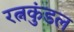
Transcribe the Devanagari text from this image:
रत्नकुंडल